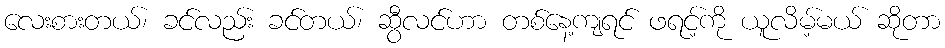
လေးစားတယ်၊ ခင်လည်း ခင်တယ်၊ ဆွီလင်ဟာ တစ်နေ့ကျရင် ဖရင့်ကို ယူလိမ့်မယ် ဆိုတာ